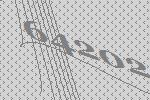
64202